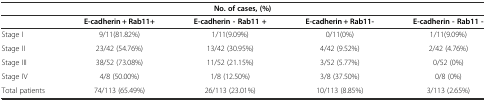
| <COLSPAN=5> No. of cases, (%) |
 |  | E-cadherin + Rab11+ | E-cadherin - Rab11 + | E-cadherin + Rab11- | E-cadherin - Rab11 - |
 | --- | --- | --- | --- | --- |
 | Stage I | 9/11(81.82%) | 1/11(9.09%) | 0/11(0%) | 1/11(9.09%) |
 | Stage II | 23/42 (54.76%) | 13/42 (30.95%) | 4/42 (9.52%) | 2/42 (4.76%) |
 | Stage III | 38/52 (73.08%) | 11/52 (21.15%) | 3/52 (5.77%) | 0/52 (0%) |
 | Stage IV | 4/8 (50.00%) | 1/8 (12.50%) | 3/8 (37.50%) | 0/8 (0%) |
 | Total patients | 74/113 (65.49%) | 26/113 (23.01%) | 10/113 (8.85%) | 3/113 (2.65%) |